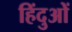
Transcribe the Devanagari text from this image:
हिंदुओें